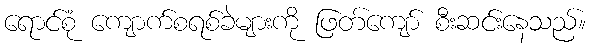
ရောင်စုံ ကျောက်စရစ်ခဲများကို ဖြတ်ကျော် စီးဆင်းနေသည်။